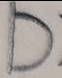
D